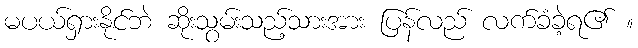
မပယ်ရှားနိုင်ဘဲ ဆိုးသွမ်းသည့်သားအား ပြန်လည် လက်ခံခဲ့ရ၏ ။